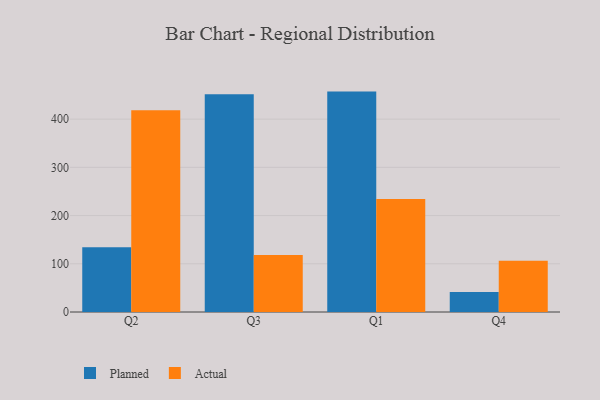
{"axis": {"x": "Quarter", "y": "Revenue (USD Million)"}, "legend": ["Actual", "Planned"], "data": [{"x": "Q2", "y": 134.3, "type": "Planned"}, {"x": "Q2", "y": 418.3, "type": "Actual"}, {"x": "Q3", "y": 451.4, "type": "Planned"}, {"x": "Q3", "y": 118.1, "type": "Actual"}, {"x": "Q1", "y": 457.1, "type": "Planned"}, {"x": "Q1", "y": 234.6, "type": "Actual"}, {"x": "Q4", "y": 41.6, "type": "Planned"}, {"x": "Q4", "y": 106.1, "type": "Actual"}]}